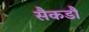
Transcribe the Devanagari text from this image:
सैकडौं